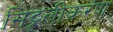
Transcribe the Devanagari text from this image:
सिट्रूलीकरण